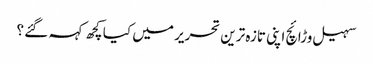
سہیل وڑائچ اپنی تازہ ترین تحریر میں کیا کچھ کہہ گئے ؟